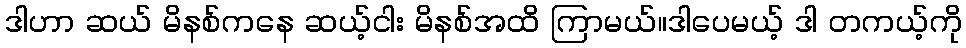
ဒါဟာ ဆယ် မိနစ်ကနေ ဆယ့်ငါး မိနစ်အထိ ကြာမယ်။ဒါပေမယ့် ဒါ တကယ့်ကို